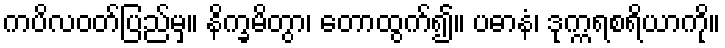
ကပိလဝတ်ပြည်မှ။ နိက္ခမိတွာ၊ တောထွက်၍။ ပဓာနံ၊ ဒုက္ကရစရိယာကို။